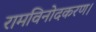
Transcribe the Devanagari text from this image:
रामविनोदकरण।